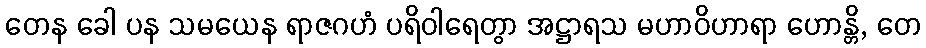
တေန ခေါ ပန သမယေန ရာဇဂဟံ ပရိဝါရေတွာ အဋ္ဌာရသ မဟာဝိဟာရာ ဟောန္တိ, တေ